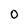
Character: 0